Report on horse surra - Volume I
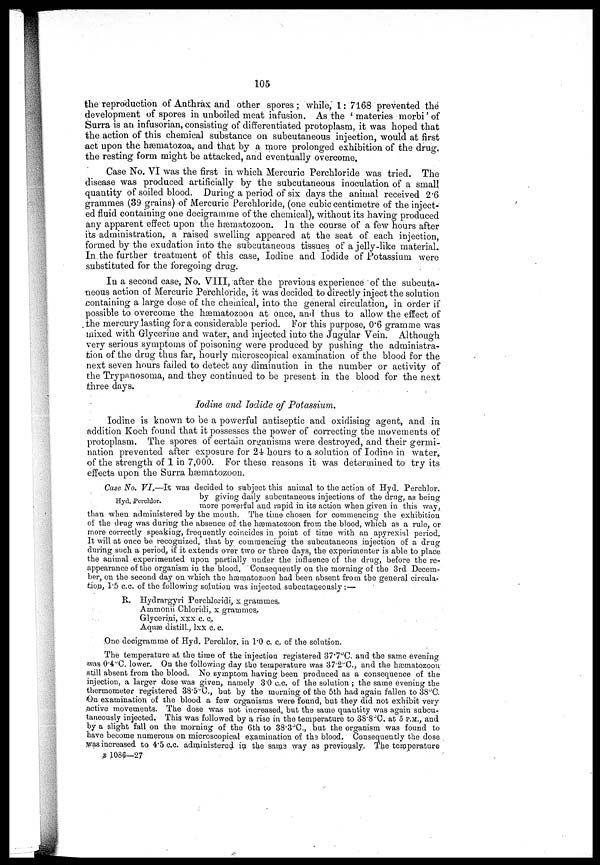
105
the reproduction of Anthrax and other spores; while, 1: 7168 prevented the
development of spores in unboiled meat infusion. As the ' materies morbi' of
Surra is an infusorian, consisting of differentiated protoplasm, it was hoped that
the action of this chemical substance on subcutaneous injection, would at first
act upon the hæmatozoa, and that by a more prolonged exhibition of the drug,
the resting form might be attacked, and eventually overcome.
Case No. VI was the first in which Mercuric Perchloride was tried. The
disease was produced artificially by the subcutaneous inoculation of a small
quantity of soiled blood. During a period of six days the animal received 2.6
grammes (39 grains) of Mercuric Perchloride, (one cubic centimetre of the inject-
ed fluid containing one decigramme of the chemical), without its having produced
any apparent effect upon the hæmatozoon. In the course of a few hours after
its administration, a raised swelling appeared at the seat of each injection,
formed by the exudation into the subcutaneous tissues of a jelly-like material.
In the further treatment of this case, Iodine and Iodide of Potassium were
substituted for the foregoing drug.
In a second case, No. VIII, after the previous experience of the subcuta-
neous action of Mercuric Perchloride, it was decided to directly inject the solution
containing a large dose of the chemical, into the general circulation, in order if
possible to overcome the hæmatozoon at once, and thus to allow the effect of
the mercury lasting for a considerable period. For this purpose, 0.6 gramme was
mixed with Glycerine and water, and injected into the Jugular Vein. Although
very serious symptoms of poisoning were produced by pushing the administra-
tion, of the drug thus far, hourly microscopical examination of the blood for the
next seven hours failed to detect any diminution in the number or activity of
the Trypanosoma, and they continued to be present in the blood for the next
three days.
Iodine and Iodide of Potassium.
Iodine is known to be a powerful antiseptic and oxidising agent, and in
addition Koch found that it possesses the power of correcting the movements of
protoplasm. The spores of certain organisms were destroyed, and their germi-
nation prevented after exposure for 2i hours to a solution of Iodine in water,
of the strength of 1 in 7,000. For these reasons it was determined to try its
effects upon the Surra hæmatozoon.
Hyd.Perchlor.
Case No. VI.—It was decided to subject this animal to the action of Hyd. Perchlor.
by giving daily subcutaneous injections of the drug, as being
more powerful and rapid in its action when given in this way,
than when administered ;by the mouth. The time chosen for commencing the exhibition
of the drug was during the absence of the hæmatozoon. from the blood, which as a rule, or
more correctly speaking, frequently coincides in point of time with an apyrexial period.
It will at once be recognized, that by commencing the subcutaneous injection of a drug
during such, a period, if it extends over two or three days, the experimenter is able to place
the animal experimented upon partially under the influence of the drug, before the re-
appearance of the organism in th,e blood. Consequently on the morning of the 3rd Decem-
ber, on the second day on which the hæmatozoon had been absent from the general circular
tion, 1.5 c.c. of the following solution was injected subcutaneously : —
R, Hydrargyri Perchloridi, x grammes..
Ammonii Chloridi, x grammes..
Glycerini, xxx c. c.
Aquæ distill., lxx c. c.
One decigramme of Hyd. Perchlor. in 1.0 c. c.. of the solution.
The temperature at the time of the injection registered 37.7°C. and the same evening
was 0.4° C. lower. On the following day the temperature was 37.2°C, and the hæmatozoon
still absent from the blood. No symptom having been produced as a consequence of the
injection, a larger dose was given, namely 3.0 c..c. of the solution; the same evening the
thermometer registered 38.5°C, but by the morning of the 5th had again fallen to 38°C.
&n examination of the blood a few organisms were found, but they did not exhibit very
active movements. The dose was not increased, but the same quantity was again subcu-
taneously injected. This was followed by a rise in the temperature to 38.8°C. at 5 P.M., and
by a slight fall on the morning of the 6th to 38.3°C, but the organism was found to
have become numerous on microscopical examination of the blood. Consequently the dose
was increased to 4.5 c.c. administered in the sara.3 way as previously. The temperature
B 1086—27